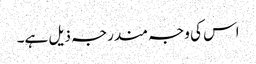
اس کی وجہ مندرجہ ذیل ہے۔